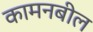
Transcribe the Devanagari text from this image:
कामनबील